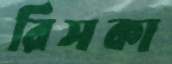
রিসকা